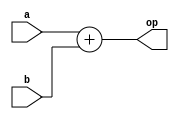
module add_64 (
	a, 	//data a
	b,	//data b
	op	//output
);

input [63:0] a,b;
output [63:0] op;
assign op = a + b;	//Shall wait here for assignment to complete (however many clocks are required)

endmodule